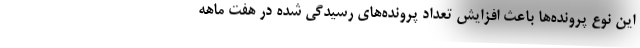
این نوع پرونده‌ها باعث افزایش تعداد پرونده‌های رسیدگی شده در هفت ماهه